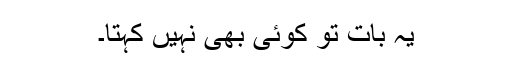
یہ بات تو کوئی بھی نہیں کہتا۔